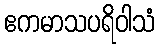
ဧကမာသပရိဝါသံ